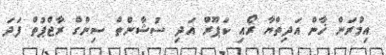
އިމްރަން ޚާން އަދިތްޔާ ރޯއި ކަޕޫރް އަދި ސުޝާންތް ސިންގް ރާޖްޕުތް ފަދަ